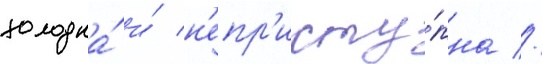
холодна́ и́ н'епр'исту́пна //